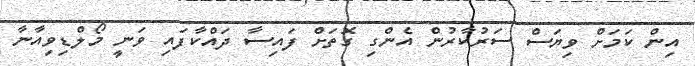
އިން ކަމަށް ވިޔަސް ސަރުކާރުން އެންގި ގޮތަށް ފައިސާ ދައްކާފައި ވަނީ މޯލްޑިވިއާނާ